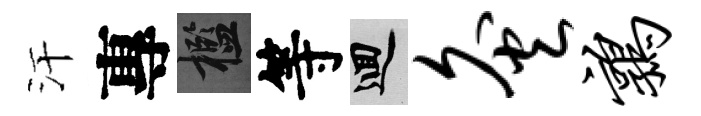
汗專檻等回灸鹑